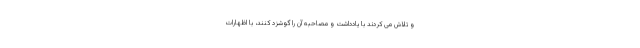
و تلاش می کردند با یادداشت و مصاحبه آن را گوشزد کنند، با اظهارات